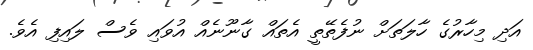
އަދި މިހާރުގެ ހާލަތަށް ނުފެތޭތީ އެތައް ގާނޫނެއް އުވައި ވެސް ލައިފި އެވެ.